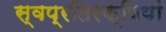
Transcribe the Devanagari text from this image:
स्वप्रतिरक्षियां